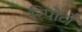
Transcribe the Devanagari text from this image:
रिपोर्टोँं